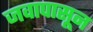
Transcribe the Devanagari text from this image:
जवापासून